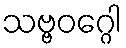
သဗ္ဗဝဂ္ဂေါ